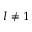
l \neq 1